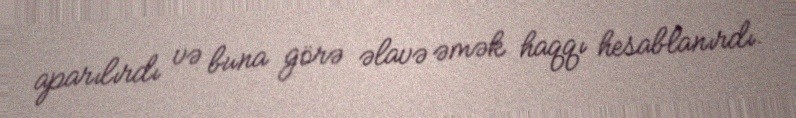
aparılırdı və buna görə əlavə əmək haqqı hesablanırdı.